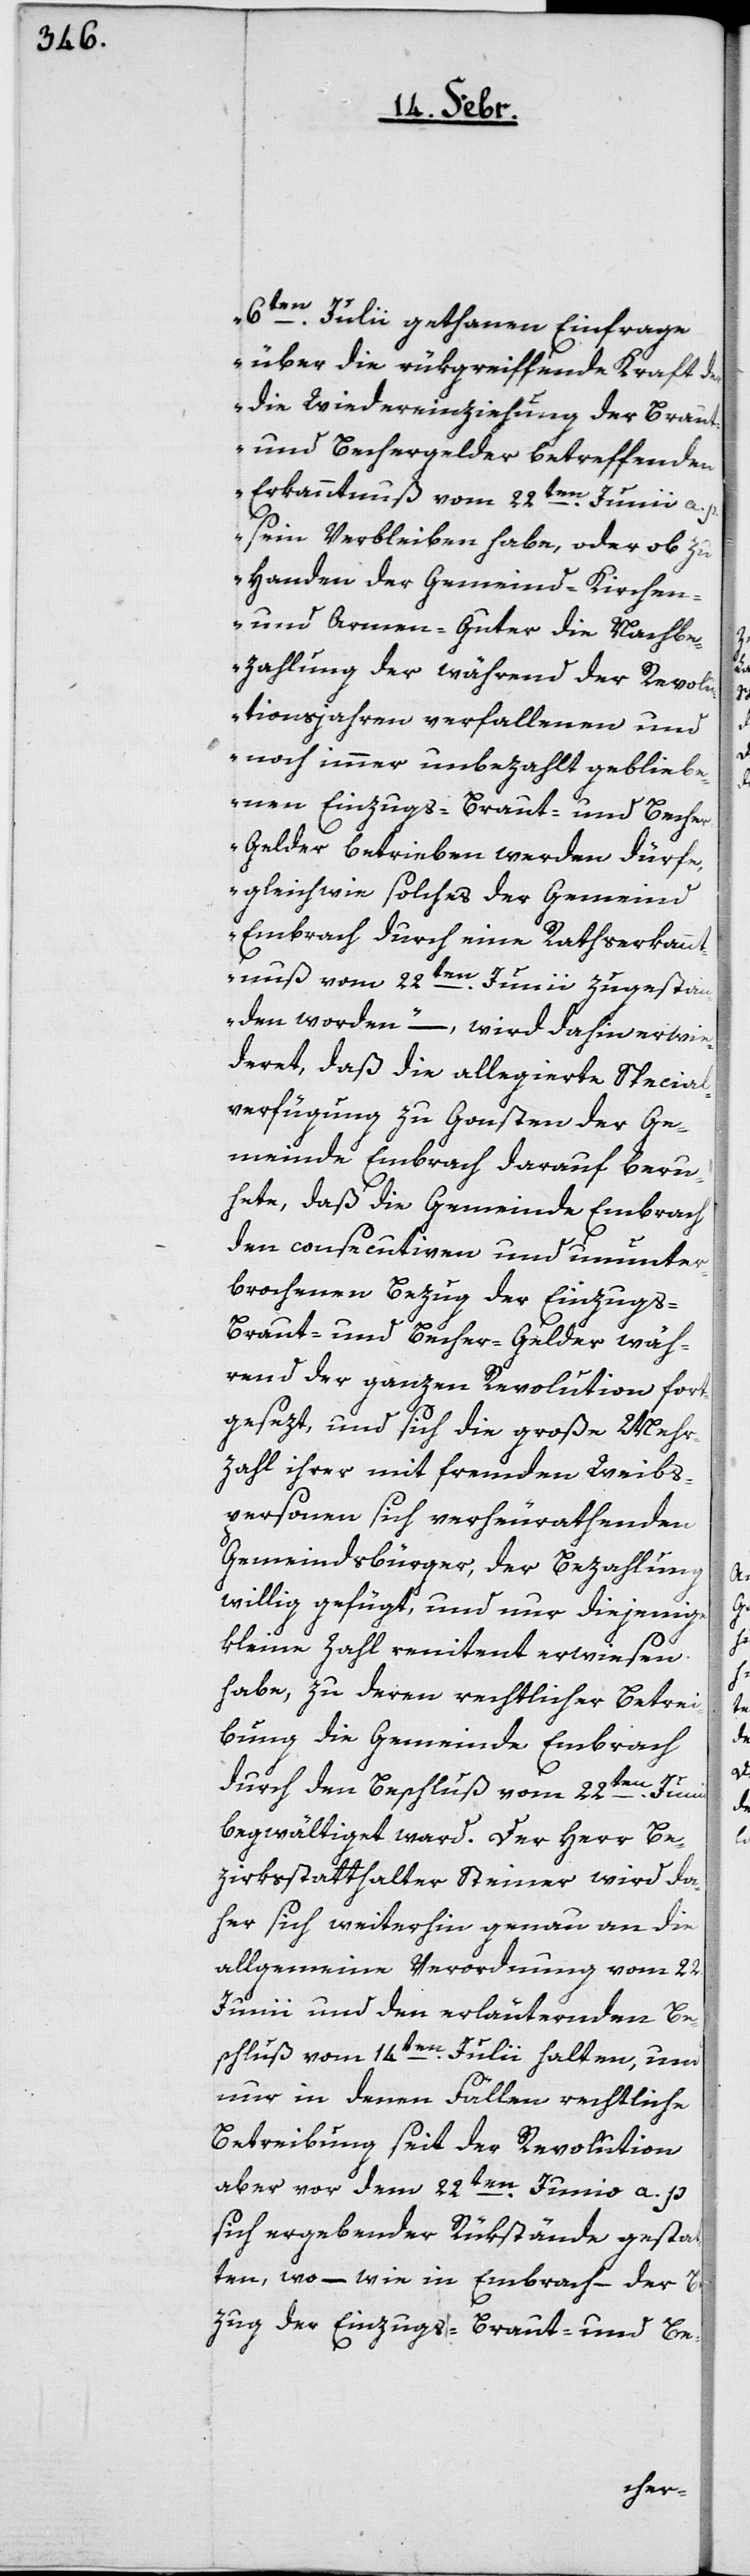
6ten. Julii gethanen Einfrage,
über die rükgreiffende Kraft der
die Wiedereinziehung der Braut-
und Bechergelder betreffenden
Erkanntnuß vom 22ten. Junii a.
sein Verbleiben habe, oder ob zu
Handen der Gemeind-, Kirchen-
und Armen-Güter die Nachbe¬
zahlung der während der Revolu¬
tionsjahren verfallenen und
noch immer unbezahlt geblieb¬
enen Einzugs-, Braut- und Beche¬
r-Gelder betrieben werden dürfe,
gleichwie solches der Gemeind
Embrach durch eine Rathserkannt¬
nuß vom 22ten. Junii zugesta¬
nden worden“, – wird dahin erwi¬
deret, daß die allegierte Special¬
verfügung zu Gonsten der Ge¬
meinde Embrach darauf beru¬
hete, daß die Gemeind Embrach
den consecutiven und ununter¬
brochenen Bezug der Einzugs-,
Braut- und Becher-Gelder wäh¬
rend der ganzen Revolution fort¬
gesezt, und sich die große Mehr¬
zahl ihrer mit fremden Weibs¬
personen sich verheyrathenden
Gemeindsbürger, der Bezahlung
willig gefügt, und nur diejenige
kleine Zahl renitent erwiesen
habe, zu deren rechtlicher Betrei¬
bung die Gemeinde Embrach
durch den Beschluß vom 22ten. Junii
begwältiget ward. Der Herr Be¬
zirksstatthalter Steiner wird da¬
her sich weiterhin genau an die
allgemeine Verordnung vom 22.
Junii und den erläuternden Be¬
schluß vom 14ten. Julii halten, und
nur in denen Fällen rechtliche
Betreibung seit der Revolution
aber vor dem 22ten. Junio a. p.
sich ergebender Rükstände gestat¬
ten, wo – wie in Embrach – der Be¬
zug der Einzugs- Braut- und Be-